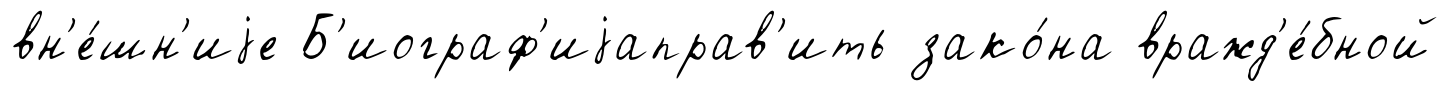
вн'е́шн'иjе Б'иограф'иjаправ'ить зако́на вражд'е́бной